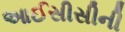
આઈસીસીની